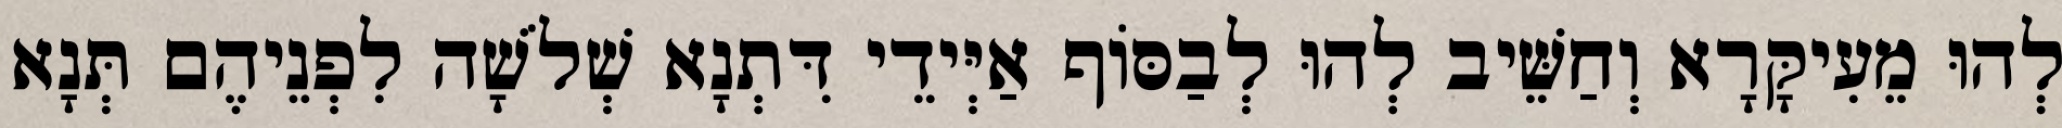
לְהוּ מֵעִיקָּרָא וְחַשֵּׁיב לְהוּ לְבַסּוֹף אַיְּידֵי דִּתְנָא שְׁלֹשָׁה לִפְנֵיהֶם תְּנָא